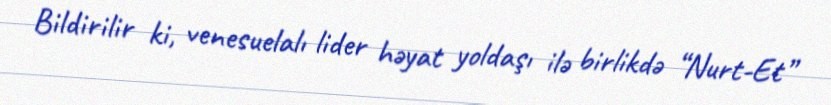
Bildirilir ki, venesuelalı lider həyat yoldaşı ilə birlikdə “Nurt-Et”